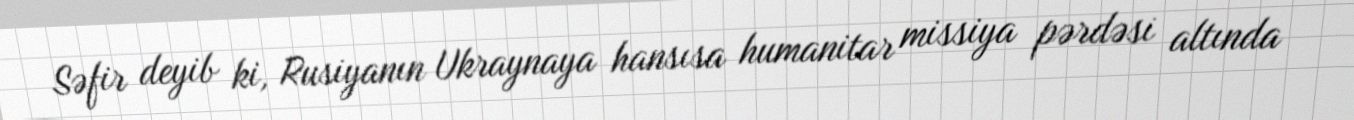
Səfir deyib ki, Rusiyanın Ukraynaya hansısa humanitar missiya pərdəsi altında